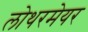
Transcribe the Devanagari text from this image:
लोथरमेयर